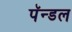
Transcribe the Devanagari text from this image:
पॅन्डल